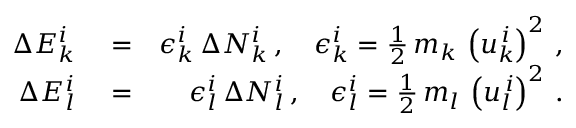
\begin{array} { r l r } { \Delta E _ { k } ^ { i } } & { { } = } & { \epsilon _ { k } ^ { i } \, \Delta N _ { k } ^ { i } \, , \quad \epsilon _ { k } ^ { i } = \frac { 1 } { 2 } \, m _ { k } \, \left( u _ { k } ^ { \, i } \right) ^ { 2 } \, , } \\ { \Delta E _ { l } ^ { i } } & { { } = } & { \epsilon _ { l } ^ { i } \, \Delta N _ { l } ^ { i } \, , \quad \epsilon _ { l } ^ { i } = \frac { 1 } { 2 } \, m _ { l } \, \left( u _ { l } ^ { \, i } \right) ^ { 2 } \, . } \end{array}